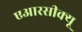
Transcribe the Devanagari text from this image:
एआरसीक्यू